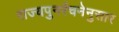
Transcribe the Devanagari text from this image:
राज्यपुनर्रचनेनुसार